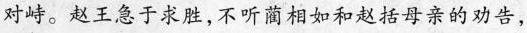
对峙。赵王急于求胜，不听蔺相如和赵括母亲的劝告，